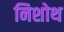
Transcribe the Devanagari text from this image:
निशोथ